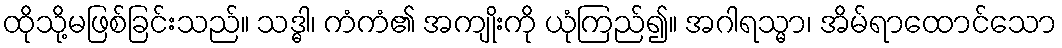
ထိုသို့မဖြစ်ခြင်းသည်။ သဒ္ဓါ၊ ကံကံ၏ အကျိုးကို ယုံကြည်၍။ အဂါရသ္မာ၊ အိမ်ရာထောင်သော